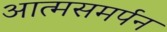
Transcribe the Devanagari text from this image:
आत्मसमर्पन